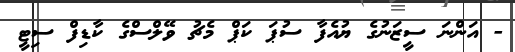
- އަންނަ ސީޒަނުގެ ޔުއެފާ ސުޕަ ކަޕް މެޗު ވޭލްސްގެ ކާޑިފް ސިޓީ